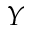
Y